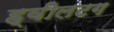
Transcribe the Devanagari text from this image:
ह्वीलटग